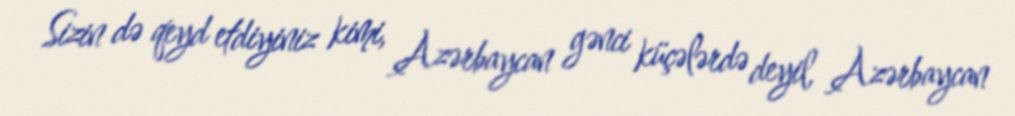
Sizin də qeyd etdiyiniz kimi, Azərbaycan gənci küçələrdə deyil, Azərbaycan